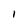
Character: 1